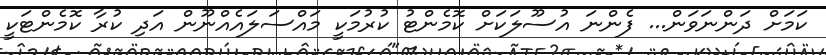
ކަމަށް ދަންނަވަން... ފެންނަ އުސޫލަކަށް ކޮމެންޓު ކުރުމަކީ މައްސަލައެއްނޫން އަދި ކުރާ ކޮމެންޓަކީ